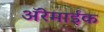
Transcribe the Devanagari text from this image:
अॅरेमाईक